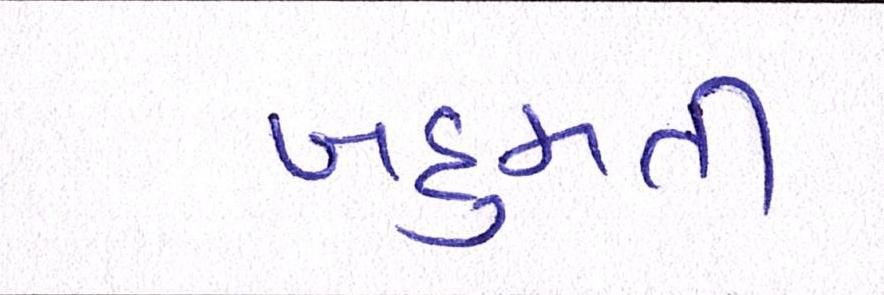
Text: બહુમતી